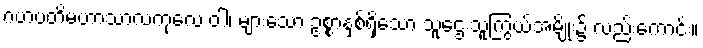
ဂဟပတိမဟာသာလကုလေ ဝါ၊ များသော ဥစ္စာနှစ်ရှိသော သူဌေးသူကြွယ်အမျိုး၌ လည်းကောင်း။